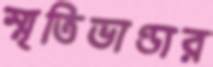
স্মৃতিভাণ্ডার